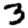
Digit: 3